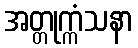
အတ္တုက္ကံသနာ